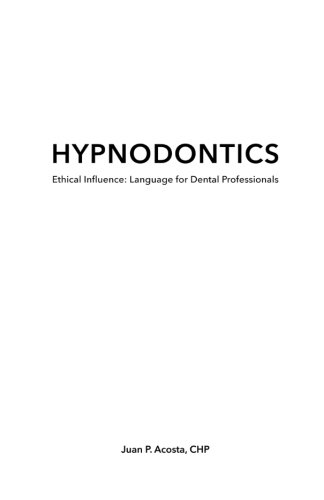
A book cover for Hypnodontics: Ethical Influence: Language for Dental Professionals; Juan P. Acosta C.Ht; Medical Books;